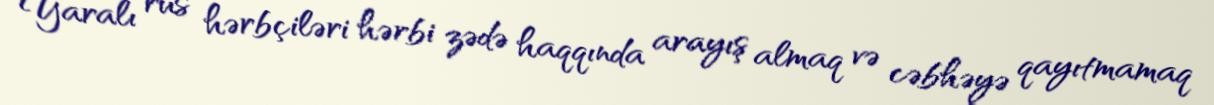
Yaralı rus hərbçiləri hərbi zədə haqqında arayış almaq və cəbhəyə qayıtmamaq